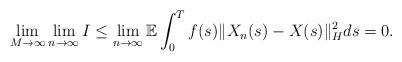
LaTeX: \begin{align*}\lim_{M\rightarrow\infty}\lim_{n\rightarrow\infty} I \leq \lim_{n\rightarrow\infty} \mathbb{E} \int_0^{T} f(s) \Vert X_n(s) - X(s) \Vert_H^2 ds = 0 .\end{align*}